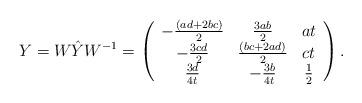
LaTeX: \begin{align*}Y=W \hat Y W^{-1}=\left (\begin{array}{ccc}-\textstyle\frac{(ad+2bc)}{2} & \textstyle\frac{3ab}{2} & a t \\-\textstyle\frac{3cd}{2} & \textstyle\frac{(bc+2ad)}{2} & ct \\\textstyle\frac{3d}{4t} & -\textstyle\frac{3b}{4t} & \textstyle\frac{1}{2}\\\end{array}\right).\end{align*}